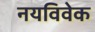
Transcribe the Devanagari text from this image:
नयविवेक